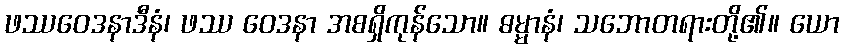
ဖဿဝေဒနာဒီနံ၊ ဖဿ ဝေဒနာ အစရှိကုန်သော။ ဓမ္မာနံ၊ သဘောတရားတို့၏။ ယော